Senior Leaving Certificate Examination (including Day School Certificate (Higher) General paper), 1948
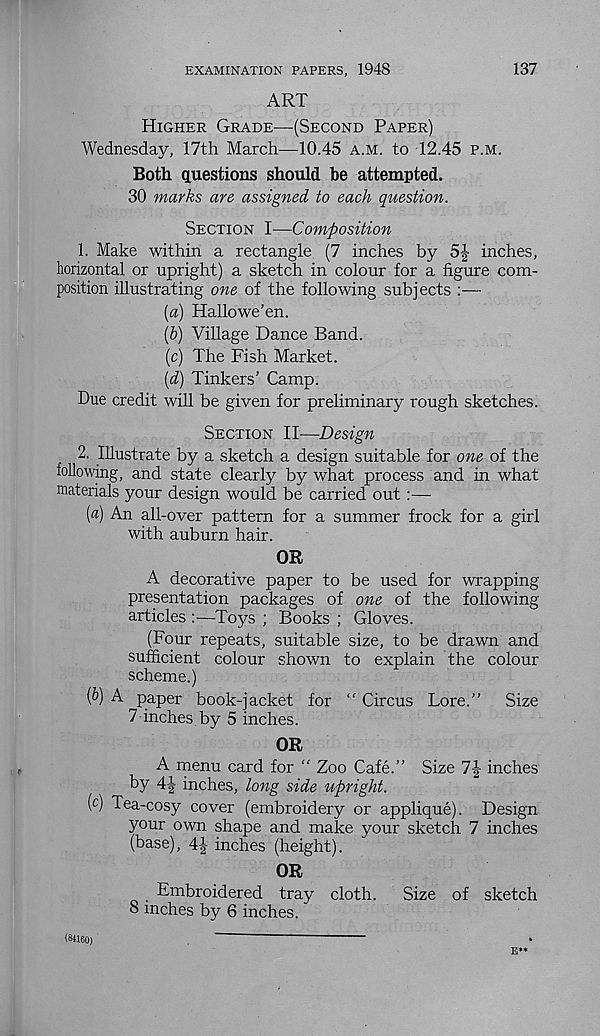
137
EXAMINATION PAPERS, 1948
ART
Higher Grade—(Second Paper)
Wednesday, 17th March—10.45 a.m. to 12.45 p.m.
Both questions should be attempted.
30 marks are assigned to each question.
Section I—Composition
1. Make within a rectangle (7 inches by 5| inches,
horizontal or upright) a sketch in colour for a figure com-
position illustrating one of the following subjects :—
[а) Hallowe’en.
(б) Village Dance Band.
(c) The Fish Market.
[d) Tinkers’ Camp.
Due credit will be given for preliminary rough sketches.
Section II—Design
2. Illustrate by a sketch a design suitable for one of the
following, and state clearly by what process and in what
materials your design would be carried out :—
(«) An all-over pattern for a summer frock for a girl
with auburn hair.
OR
A decorative paper to be used for wrapping
presentation packages of one of the following
articles —Toys ; Books ; Gloves.
(Four repeats, suitable size, to be drawn and
sufficient colour shown to explain the colour
scheme.)
(&) A paper book-jacket for “ Circus Lore.”
Size
7 inches by 5 inches.
OR
A menu card for " Zoo Cafe.” Size 7|- inches
by 4J inches, long side upright.
(c) Tea-cosy cover (embroidery or applique). Design
your own shape and make your sketch 7 inches
(base), 4| inches (height).
OR
Embroidered tray cloth.
Size of sketch
8 inches by 6 inches.
(84160)